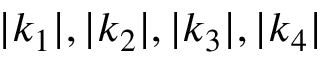
| k _ { 1 } | , | k _ { 2 } | , | k _ { 3 } | , | k _ { 4 } |